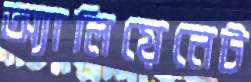
অ্যালিয়েনেট